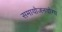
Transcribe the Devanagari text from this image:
समायोजनयोग्‍य